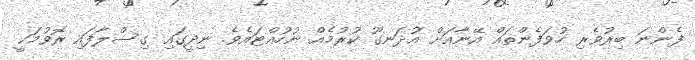
ފެންނަ ބިރުވެރި ހުވަފެންތައް އޭނާއަށް އުދަނގޫ ކުރުމެއް ނުހުއްޓައެވެ. ނިދީގައި ގިސްލާފައި ރޮވުމަކީ